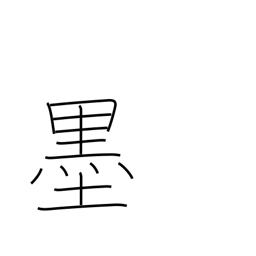
Meaning: Mexico